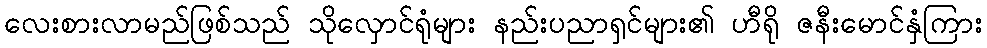
လေးစားလာမည်ဖြစ်သည် သိုလှောင်ရုံများ နည်းပညာရှင်များ၏ ဟီရို ဇနီးမောင်နှံကြား